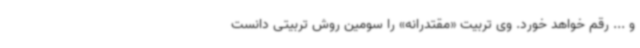
و ... رقم خواهد خورد. وی تربیت «مقتدرانه» را سومین روش تربیتی دانست